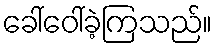
ခေါ်ဝေါ်ခဲ့ကြသည်။